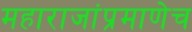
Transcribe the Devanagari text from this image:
महाराजांप्रमाणेच